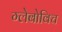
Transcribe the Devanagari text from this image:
ग्लेबोविच